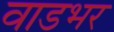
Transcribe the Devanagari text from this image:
वाडभर